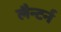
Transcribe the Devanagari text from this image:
लैन्टर्न